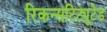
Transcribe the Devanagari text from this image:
रिकन्सटिट्यूटेड